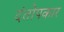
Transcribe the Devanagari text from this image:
दंतोपकार